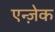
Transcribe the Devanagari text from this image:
एन्ज़ेक